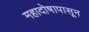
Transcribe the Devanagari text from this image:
महादोषापासून